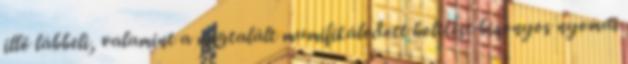
illő lábbeli, valamint a megtalált mumifikálódott holttest bizonyos nyomai